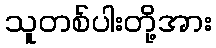
သူတစ်ပါးတို့အား